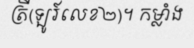
ត្រី(ឡូរ៍លេខ២)។ កម្លាំង